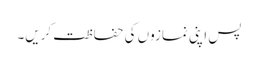
پس اپنی نمازوں کی حفاظت کریں۔